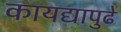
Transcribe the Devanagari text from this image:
कायद्यापुढे